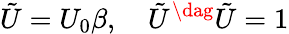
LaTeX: \tilde{U}=U_{0}\beta,\quad\tilde{U}^{\dag}\tilde{U}=1